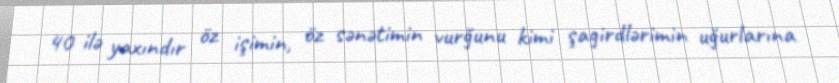
40 ilə yaxındır öz işimin, öz sənətimin vurğunu kimi şagirdlərimin uğurlarına